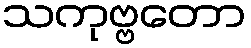
သကုဗ္ဗတော